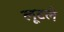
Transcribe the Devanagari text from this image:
लूटले